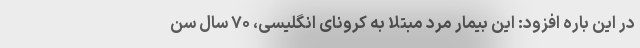
در این باره افزود: این بیمار مرد مبتلا به کرونای انگلیسی، ۷۰ سال سن